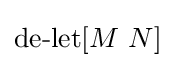
\operatorname {de-let} [M\ N]